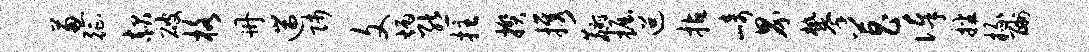
葱征赧破格册遄师文炳熊拄揆携麝掘迢拈崎界攀菖俸播掾酬